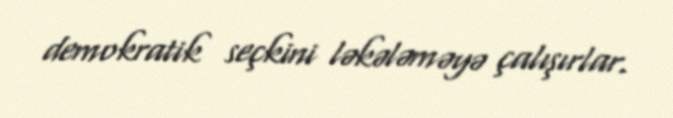
demokratik seçkini ləkələməyə çalışırlar.